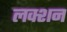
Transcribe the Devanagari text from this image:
लक्शन